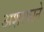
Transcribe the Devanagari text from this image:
अशरफाने